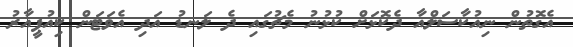
އެގޮތުން ނިއުކާސަލްއާ ދެކޮޅަށް ކުޅުނު މެޗުގައި ދެ ލަނޑު އަދި އެވަޓަން ކިއުޕީއާރު